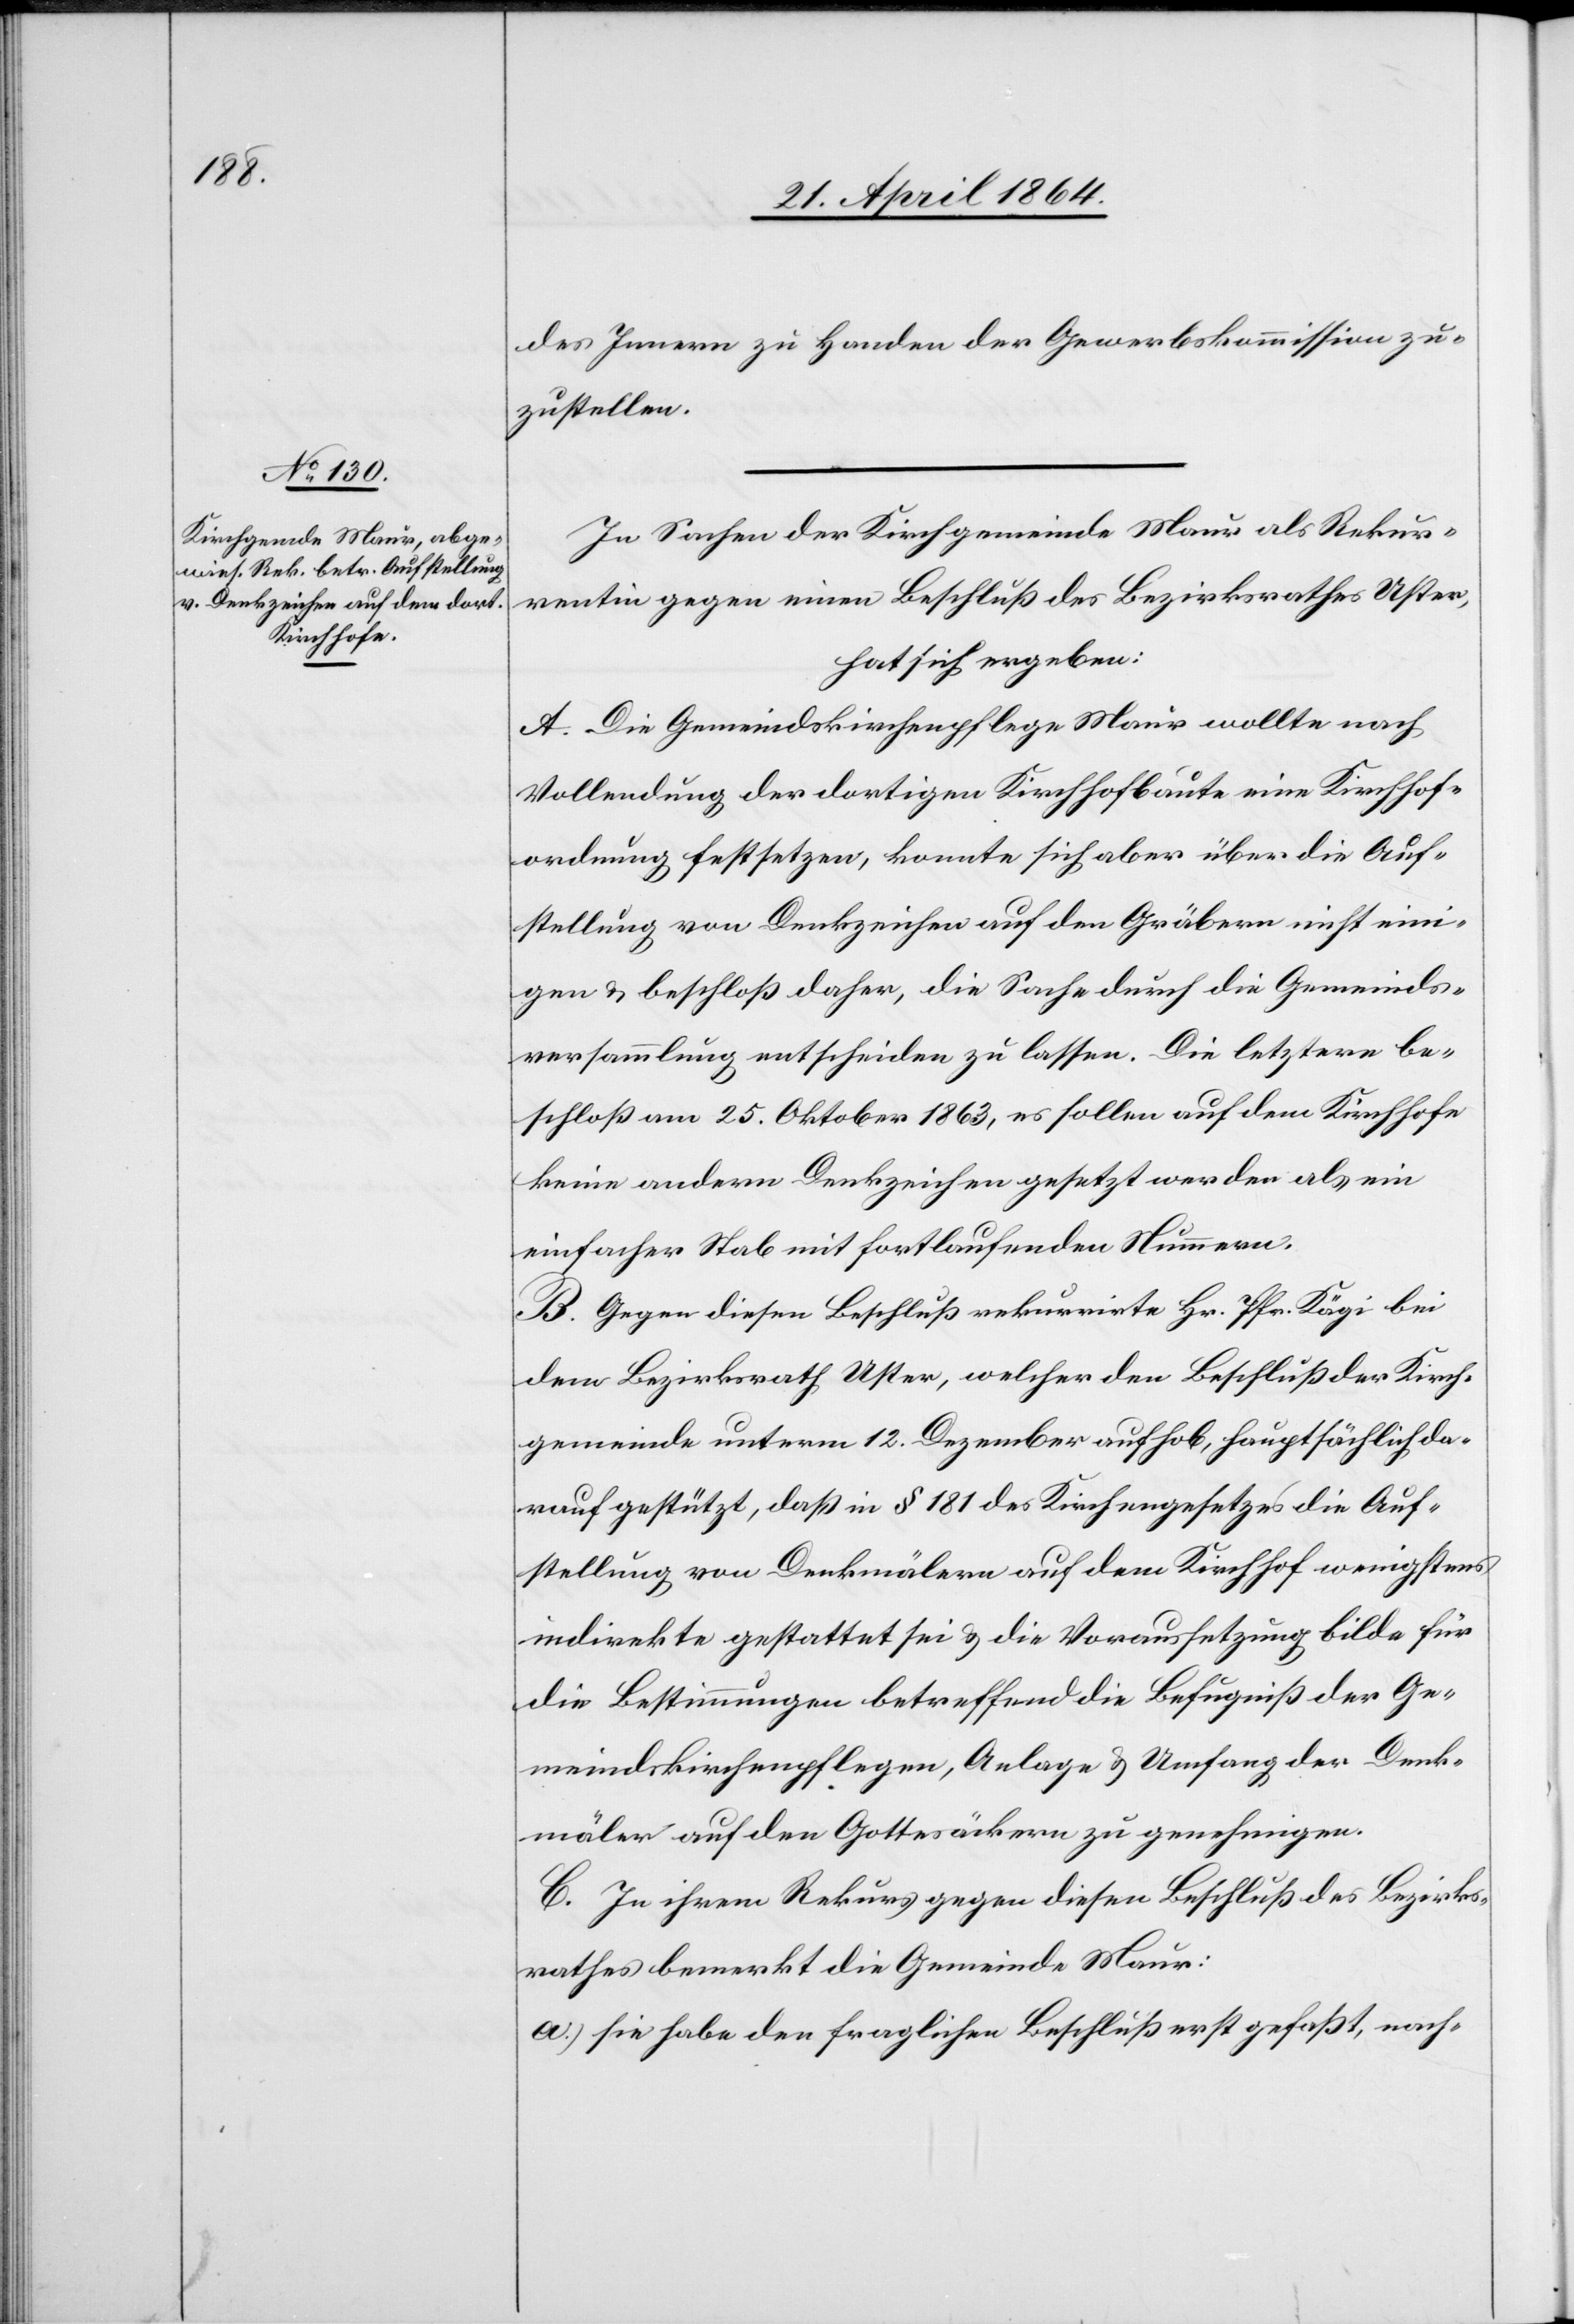
des Innern zu Handen der Gewerbskommission zu¬
zustellen.
In Sachen der Kirchgemeinde Maur als Rekur¬
rentin gegen einen Beschluß des Bezirksrathes Uster,
hat sich ergeben:
A. Die Gemeindskirchenpflege Maur wollte nach
Vollendung der dortigen Kirchhofbaute eine Kirchhof¬
ordnung festsetzen, konnte sich aber über die Auf¬
stellung von Denkzeichen auf den Gräbern nicht eini¬
gen u. beschloß daher, die Sache durch die Gemeinds¬
versammlung entscheiden zu lassen. Die letztere be¬
schloß am 25. Oktober 1863, es sollen auf dem Kirchhofe
keine andern Denkzeichen gesetzt werden als ein
einfacher Stab mit fortlaufenden Nummern.
B. Gegen diesen Beschluß rekurrirte Hr. Pfr. Kägi bei
dem Bezirksrath Uster, welcher den Beschluß der Kirch¬
gemeinde unterm 12. Dezember aufhob, hauptsächlich da¬
rauf gestützt, daß in § 181 des Kirchengesetzes die Auf¬
stellung von Denkmälern auf dem Kirchhof wenigstens
indirekte gestattet sei u. die Voraussetzung bilde für
die Bestimmungen betreffend die Befugniß der Ge¬
meindskirchenpflegen, Anlage u. Umfang der Denk¬
mäler auf den Gottesäckern zu genehmigen.
C. In ihrem Rekurs gegen diesen Beschluß des Bezirks¬
rathes bemerkt die Gemeinde Maur:
a.) Sie habe den fraglichen Beschluß erst gefaßt, nach-